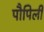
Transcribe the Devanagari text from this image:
पौपिली